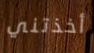
أخذتني